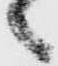
々